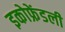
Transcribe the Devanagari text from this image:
इकोफ्रेंडली